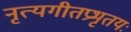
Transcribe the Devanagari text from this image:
नृत्यगीतप्रभृतयः